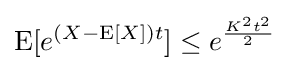
\operatorname {E} [e^{(X-\operatorname {E} [X])t}]\leq e^{\frac {K^{2}t^{2}}{2}}